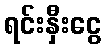
ရင်းနှီးငွေ